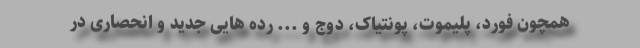
همچون فورد، پلیموت، پونتیاک، دوج و ... رده هایی جدید و انحصاری در